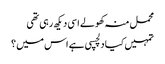
محمل منہ کھولے اسی دیکھ رہی تھی
تمہیں کیا دلچسپی ہے اس میں ؟